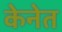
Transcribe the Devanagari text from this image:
केनेत